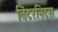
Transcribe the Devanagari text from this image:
विंटरनिट्‌स